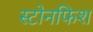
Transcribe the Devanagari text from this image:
स्टोनफिश